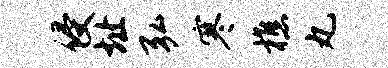
侵址弘寒樵丸